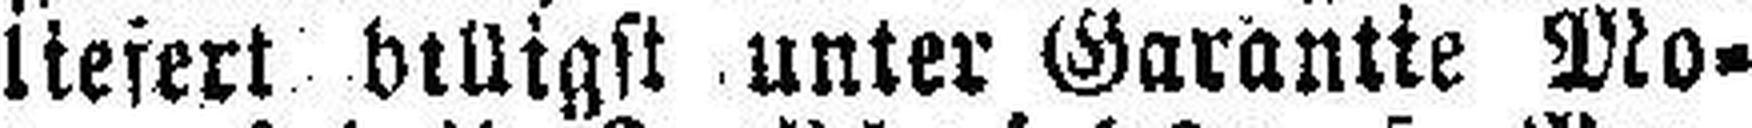
liefert billigst unter Garantie Mo¬